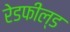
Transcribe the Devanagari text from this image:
रेडफील्ड